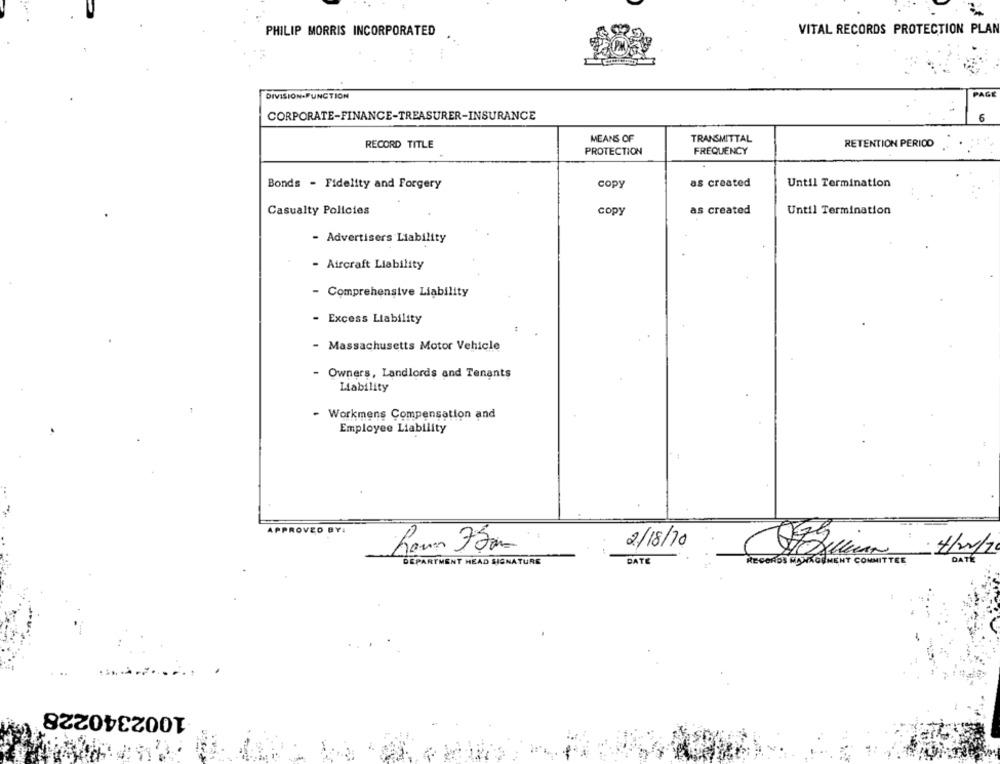
PHILIP MORRIS INCORPORATED
VITAL RECORDS PROTECTION PLAN
DIVISION-FUNCTION
PAGE
CORPORATE-FINANCE-TREASURER-INSURANCE
6
MEANS OF
RECORD TITLE
TRANSMITTAL
RETENTION PERIOD
PROTECTION
FREQUENCY
Bonds - Fidelity and Forgery
copy
as created
Until Termination
Casualty Policies
copy
as created
Until Termination
- Advertisers Liability
- Aircraft Liability
- Comprehensive Liability
- Excess Liability
- Massachusetts Motor Vehicle
- Owners, Landlords and Tenants
Liability
- Workmens Compensation and
Employee Liability
PPROVED BY:
2/18/70
Ram 75mm
DATE
DEPARTMENT HEAD SIGNATURE
DATE
RECORDS HANKOUMENT COMMITTEE
1002340228